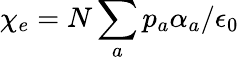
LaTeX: \chi_{e}=N\sum_{a}p_{a}\alpha_{a}/\epsilon_{0}